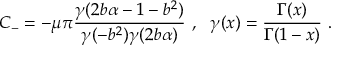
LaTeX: C _ { - } = - \mu \pi \frac { \gamma ( 2 b \alpha - 1 - b ^ { 2 } ) } { \gamma ( - b ^ { 2 } ) \gamma ( 2 b \alpha ) } ~ , ~ ~ \gamma ( x ) = \frac { \Gamma ( x ) } { \Gamma ( 1 - x ) } ~ .